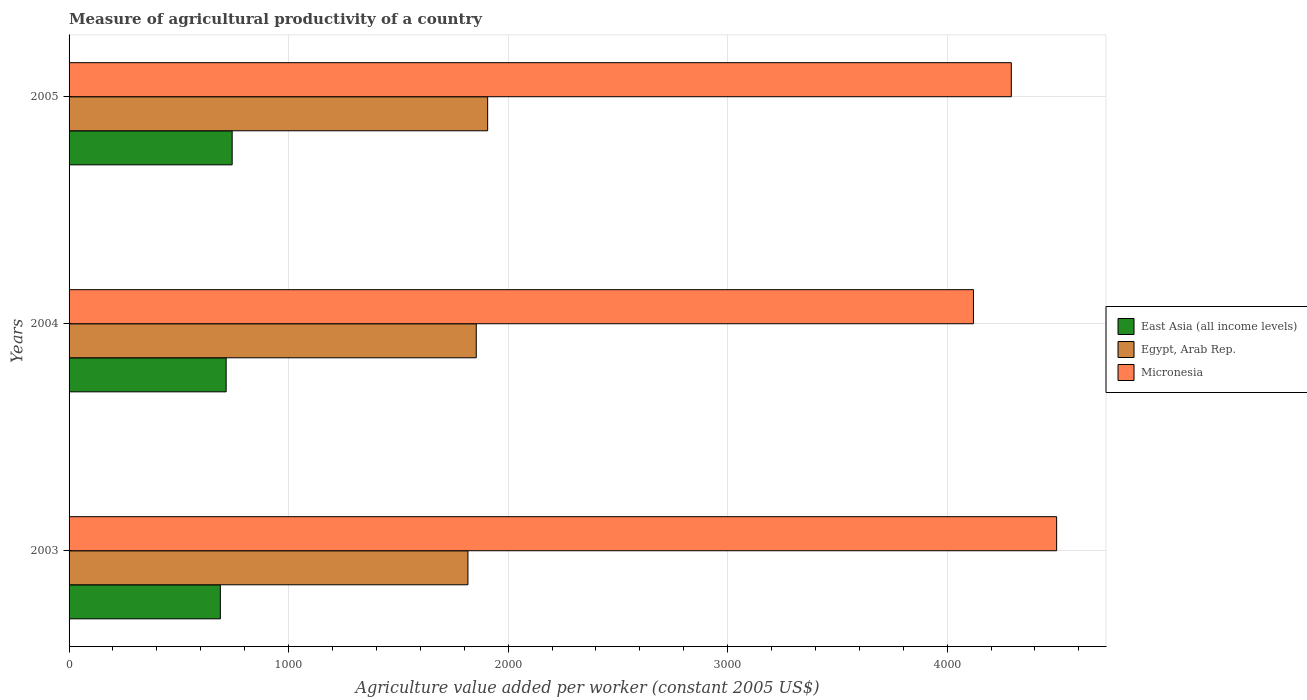
| Years | East Asia (all income levels) | Egypt, Arab Rep. | Micronesia |
 | --- | --- | --- | --- |
 | 2003 | 689 | 1.82e+03 | 4.5e+03 |
 | 2004 | 716 | 1.85e+03 | 4.12e+03 |
 | 2005 | 743 | 1.91e+03 | 4.29e+03 |